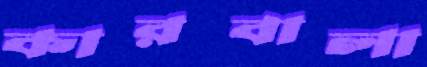
কারবালা